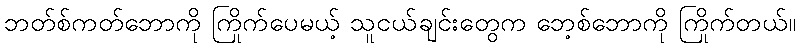
ဘတ်စ်ကတ်ဘောကို ကြိုက်ပေမယ့် သူငယ်ချင်းတွေက ဘေ့စ်ဘောကို ကြိုက်တယ်။